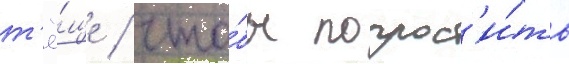
т'ё́ще / что́бы попрос'и́ть